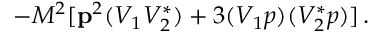
- M ^ { 2 } [ { \bf p } ^ { 2 } ( V _ { 1 } V _ { 2 } ^ { * } ) + 3 ( V _ { 1 } p ) ( V _ { 2 } ^ { * } p ) ] \, .